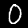
Digit: 0